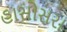
હાસોસરા